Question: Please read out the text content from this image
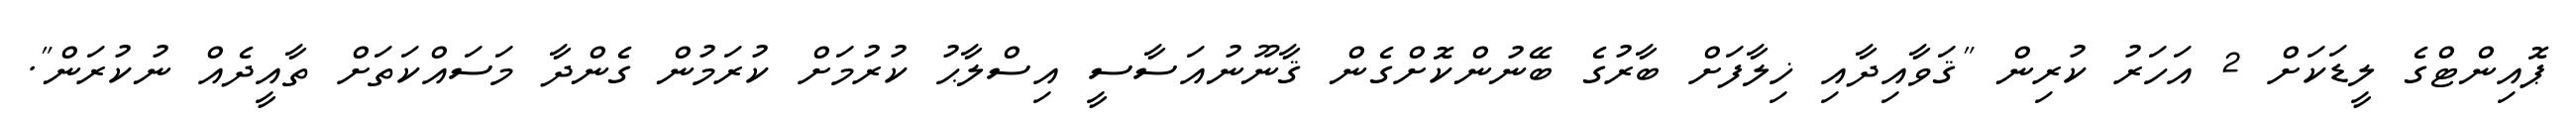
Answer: ޕޮއިންޓްގެ ލީޑަކަށް 2 އަހަރު ކުރިން "ޤަވާއިދާއި ޚިލާފަށް ބާރުގެ ބޭނުންކޮށްގެން ޤާނޫނުއަސާސީ އިސްލާޙު ކުރުމަށް ކުރަމުން ގެންދާ މަސައްކަތަށް ތާއީދެއް ނުކުރަން".